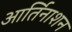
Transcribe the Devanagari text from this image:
आर्तिनाशन